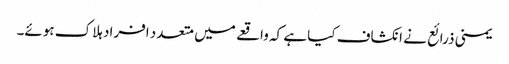
یمنی ذرائع نے انکشاف کیا ہے کہ واقعے میں متعدد افراد ہلاک ہوئے۔